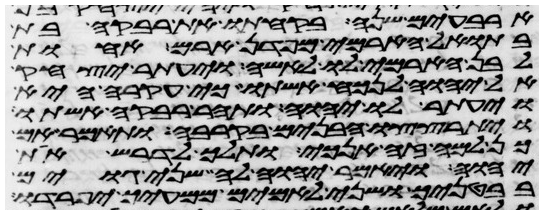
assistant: ארבעים שנה בקחתו את רבקה בת
בתואל הארמי מפדן ארם אחות
לבן הארמי לו לאשה ויעתר יצחק
אל יהוה לנכח אשתו כי עקרה היא
ויעתר לו יהוה ותהר רבקה אשתו
ויתרצצו הבנים בקרבה ותאמר אם
כן למה זה אנכי ותלך לדרש את
יהוה ויאמר יהוה לה שני גוים
בבטנך ושני לאמים ממעיך יפרדו